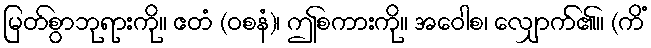
မြတ်စွာဘုရားကို။ ဧတံ (ဝစနံ)၊ ဤစကားကို။ အဝေါစ၊ လျှောက်၏။ (ကိံ